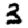
Digit: 3